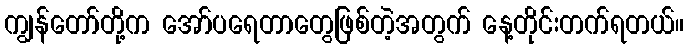
ကျွန်တော်တို့က အော်ပရေတာတွေဖြစ်တဲ့အတွက် နေ့တိုင်းတက်ရတယ်။